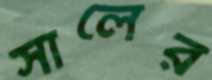
সালের